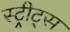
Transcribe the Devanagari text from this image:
स्ट्रीट्‌स